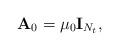
LaTeX: \begin{align*}\textbf{A}_0=\mu_0\textbf{I}_{N_t},\end{align*}